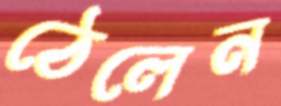
ঠেলেন